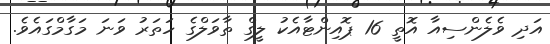
އަދި ވެލެންސިއާ އޮތީ 16 ޕޮއިންޓާއެކު ލީގް ތާވަލްގެ ހަތަރު ވަނަ މަގާމްގައެވެ.